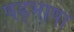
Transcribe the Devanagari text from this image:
षड्भाषा